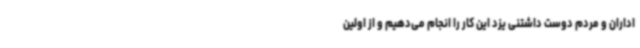
اداران و مردم دوست داشتنی یزد این کار را انجام می‌دهیم و از اولین